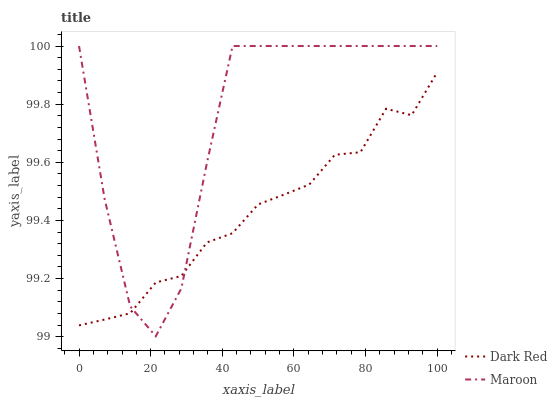
| xaxis_label | Dark Red | Maroon |
 | --- | --- | --- |
 | 0 | 99 | 100 |
 | 7.14 | 99.1 | 99.5 |
 | 14.3 | 99.1 | 99.1 |
 | 21.4 | 99.2 | 99 |
 | 28.6 | 99.2 | 99.2 |
 | 35.7 | 99.3 | 99.6 |
 | 42.9 | 99.4 | 100 |
 | 50 | 99.5 | 100 |
 | 57.1 | 99.5 | 100 |
 | 64.3 | 99.5 | 100 |
 | 71.4 | 99.6 | 100 |
 | 78.6 | 99.6 | 100 |
 | 85.7 | 99.8 | 100 |
 | 92.9 | 99.8 | 100 |
 | 100 | 99.9 | 100 |